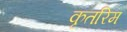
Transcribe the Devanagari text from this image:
कृतरिम